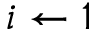
i \gets 1